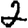
Digit: 2